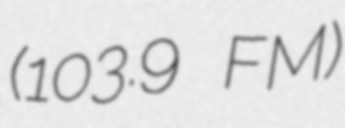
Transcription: (103.9 FM)